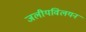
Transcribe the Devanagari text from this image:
जलीयविलयन